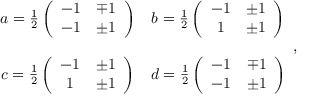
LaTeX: \begin{array} { c c } { { a = \frac { 1 } { 2 } \left( \begin{array} { c c } { { - 1 } } & { { \mp 1 } } \\ { { - 1 } } & { { \pm 1 } } \end{array} \right) } } & { { b = \frac { 1 } { 2 } \left( \begin{array} { c c } { { - 1 } } & { { \pm 1 } } \\ { { 1 } } & { { \pm 1 } } \end{array} \right) } } \\ { { } } & { { } } \\ { { c = \frac { 1 } { 2 } \left( \begin{array} { c c } { { - 1 } } & { { \pm 1 } } \\ { { 1 } } & { { \pm 1 } } \end{array} \right) } } & { { d = \frac { 1 } { 2 } \left( \begin{array} { c c } { { - 1 } } & { { \mp 1 } } \\ { { - 1 } } & { { \pm 1 } } \end{array} \right) } } \end{array} ,